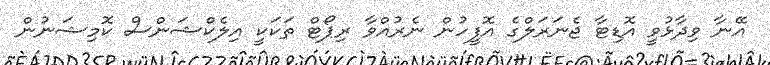
އޭނާ ވިދާޅުވީ އޮޑިޓާ ޖެނަރަލްގެ އޮފީހުން ނެރުއްވާ ރިޕޯޓް ތަކަކީ އިލެކްޝަންސް ކޮމިޝަނުން